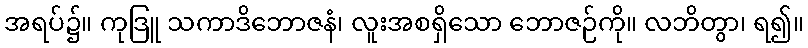
အရပ်၌။ ကုဒြူ သကာဒိဘောဇနံ၊ လူးအစရှိသော ဘောဇဉ်ကို။ လဘိတွာ၊ ရ၍။